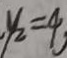
, y _ { 2 } = 4 ,